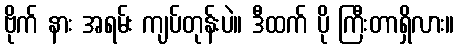
ဗိုက် နား အရမ်း ကျပ်တုန်းပဲ။ ဒီထက် ပို ကြီးတာရှိလား။